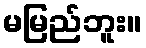
မမြည်ဘူး။